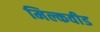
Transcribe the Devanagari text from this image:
मिल्कवीड